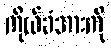
ကိုယ်ခံအားကို